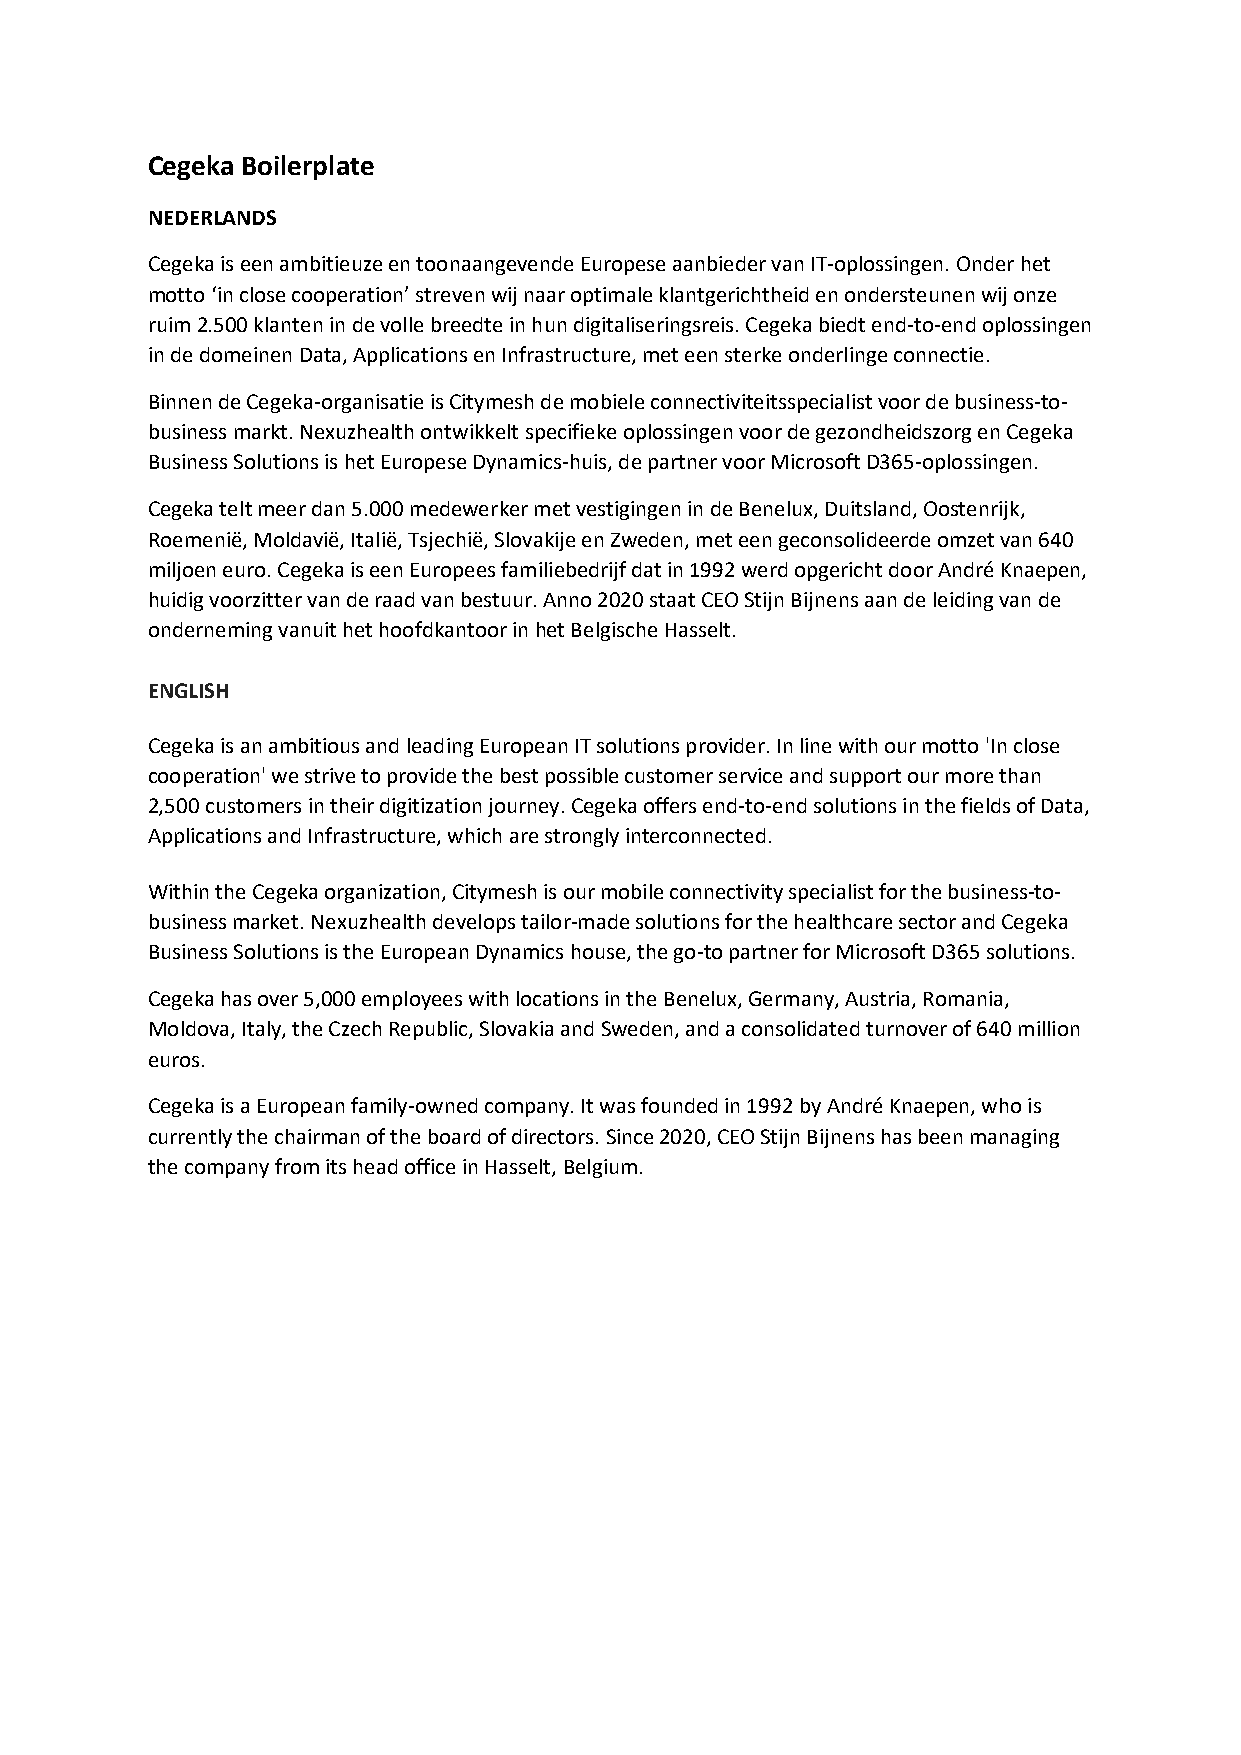
Cegeka Boilerplate
 NEDERLANDS
 Cegeka is een ambitieuze en toonaangevende Europese aanbieder van IT-oplossingen. Onder het
 motto ‘in close cooperation’ streven wij naar optimale klantgerichtheid en ondersteunen wij onze
 ruim 2.500 klanten in de volle breedte in hun digitaliseringsreis. Cegeka biedt end-to-end oplossingen
 in de domeinen Data, Applications en Infrastructure, met een sterke onderlinge connectie.
 Binnen de Cegeka-organisatie is Citymesh de mobiele connectiviteitsspecialist voor de business-to-
 business markt. Nexuzhealth ontwikkelt specifieke oplossingen voor de gezondheidszorg en Cegeka
 Business Solutions is het Europese Dynamics-huis, de partner voor Microsoft D365-oplossingen.
 Cegeka telt meer dan 5.000 medewerker met vestigingen in de Benelux, Duitsland, Oostenrijk,
 Roemenië, Moldavië, Italië, Tsjechië, Slovakije en Zweden, met een geconsolideerde omzet van 640
 miljoen euro. Cegeka is een Europees familiebedrijf dat in 1992 werd opgericht door André Knaepen,
 huidig voorzitter van de raad van bestuur. Anno 2020 staat CEO Stijn Bijnens aan de leiding van de
 onderneming vanuit het hoofdkantoor in het Belgische Hasselt.
 ENGLISH
 Cegeka is an ambitious and leading European IT solutions provider. In line with our motto 'In close
 cooperation' we strive to provide the best possible customer service and support our more than
 2,500 customers in their digitization journey. Cegeka offers end-to-end solutions in the fields of Data,
 Applications and Infrastructure, which are strongly interconnected.
 Within the Cegeka organization, Citymesh is our mobile connectivity specialist for the business-to-
 business market. Nexuzhealth develops tailor-made solutions for the healthcare sector and Cegeka
 Business Solutions is the European Dynamics house, the go-to partner for Microsoft D365 solutions.
 Cegeka has over 5,000 employees with locations in the Benelux, Germany, Austria, Romania,
 Moldova, Italy, the Czech Republic, Slovakia and Sweden, and a consolidated turnover of 640 million
 euros.
 Cegeka is a European family-owned company. It was founded in 1992 by André Knaepen, who is
 currently the chairman of the board of directors. Since 2020, CEO Stijn Bijnens has been managing
 the company from its head office in Hasselt, Belgium.